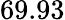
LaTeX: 69.93